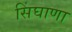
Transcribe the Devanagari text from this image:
सिंघाणा